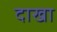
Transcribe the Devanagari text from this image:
दाखा